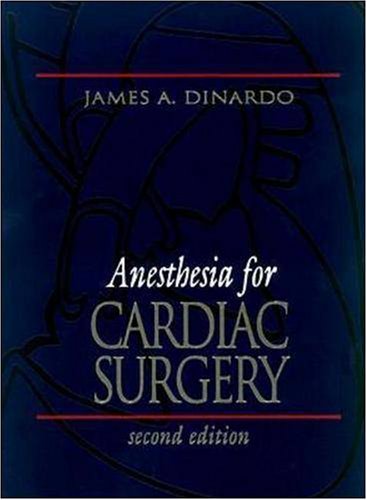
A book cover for Anesthesia for Cardiac Surgery; James A. Dinardo; Medical Books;